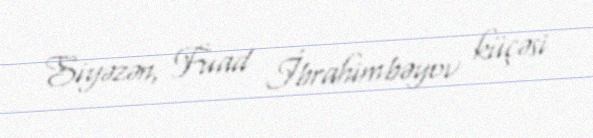
Siyəzən, Fuad İbrahimbəyov küçəsi